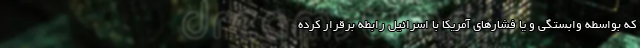
که بواسطه وابستگی و یا فشارهای آمریکا با اسرائیل رابطه برقرار کرده